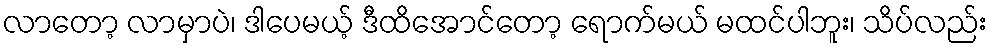
လာတော့ လာမှာပဲ၊ ဒါပေမယ့် ဒီထိအောင်တော့ ရောက်မယ် မထင်ပါဘူး၊ သိပ်လည်း